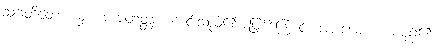
သုဂတိတော၊ မှ။ အပေတတ္တာ၊ ကင်းသည်၏အဖြစ်ကြောင့်။ အပါယော၊ ယမည်၏။